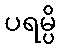
ပရမ္ပိ